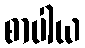
စာပါယ